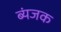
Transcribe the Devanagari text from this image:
ब्यंजक